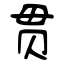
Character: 贯